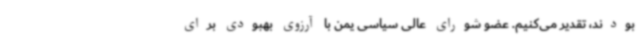
بودند، تقدیر می‌کنیم. عضو شورای عالی سیاسی یمن با آرزوی بهبودی برای